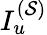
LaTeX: I_{u}^{(\mathcal{S})}